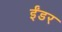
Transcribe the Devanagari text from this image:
ईंडर